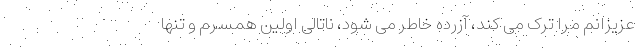
عزیزانم مرا ترک می کند، آزرده خاطر می شود، ناتالی اولین همسرم و تنها